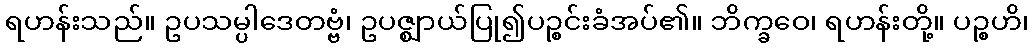
ရဟန်းသည်။ ဥပသမ္ပါဒေတဗ္ဗံ၊ ဥပဇ္ဈာယ်ပြု၍ပဉ္စင်းခံအပ်၏။ ဘိက္ခဝေ၊ ရဟန်းတို့။ ပဉ္စဟိ၊